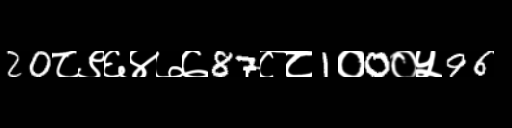
Text: 20८९६४७७87८८1०0०५96